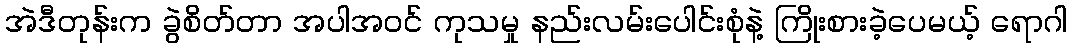
အဲဒီတုန်းက ခွဲစိတ်တာ အပါအဝင် ကုသမှု နည်းလမ်းပေါင်းစုံနဲ့ ကြိုးစားခဲ့ပေမယ့် ရောဂါ